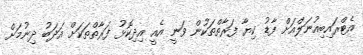
އެޓްރައިބިއުނަލްއަށް ފާޑު ކިޔާ ފަރާތްތަކުން ވަނީ އެއީ އިދިކޮޅު ފަރާތްތަކަށް އަދަބު ދިނުމަށް